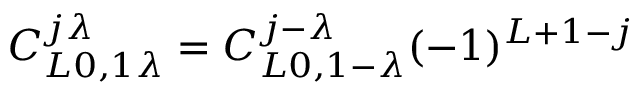
\begin{array} { r } { C _ { L 0 , 1 \lambda } ^ { j \lambda } = C _ { L 0 , 1 - \lambda } ^ { j - \lambda } ( - 1 ) ^ { L + 1 - j } } \end{array}